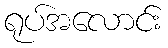
ရုပ်အလောင်း